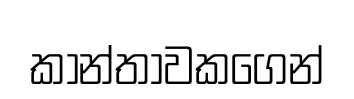
කාන්තාවකගෙන්